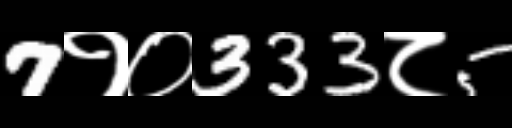
Text: 7१०333८5